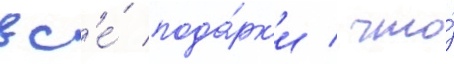
вс'е́ пода́рк'и / что́